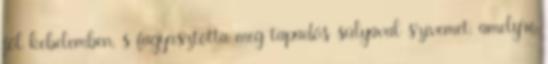
föl kebelemben, s fagyasztotta meg tapadós súlyával szívemet, amelyre